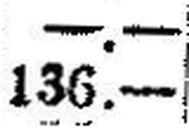
136.—